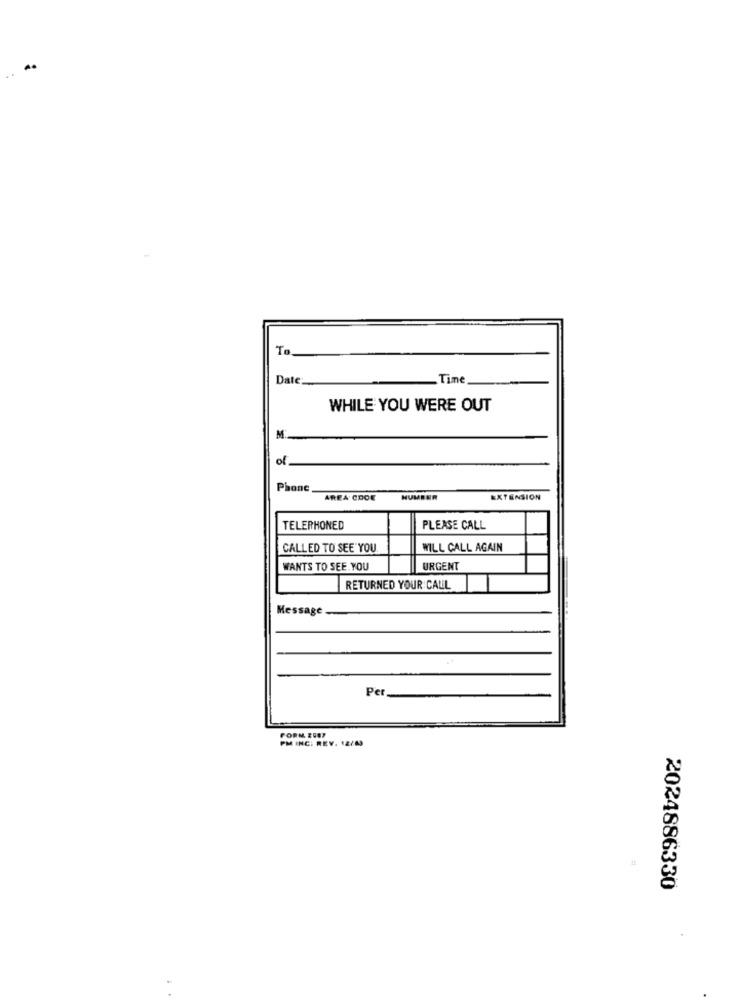
To
Date
Time
WHILE YOU WERE OUT
M
of
Phone
AREA CDOE
HUMBER
EXTENSION
TELEPHONED
PLEASE CALL
CALLED TO SEE YOU.
WILL CALL AGAIN
WANTS TO SEE YOU
URGENT
RETURNED YOUR CALL
Message
Per
FORM EGET
PM ING: REV. 12/00
2024886330